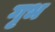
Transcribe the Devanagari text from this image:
गृभ